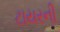
ટાયરની